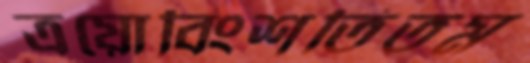
ত্রয়োবিংশতিতম